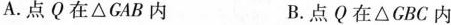
A. 点Q在△GAB内 B. 点Q在△CBC内